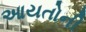
આયતોની